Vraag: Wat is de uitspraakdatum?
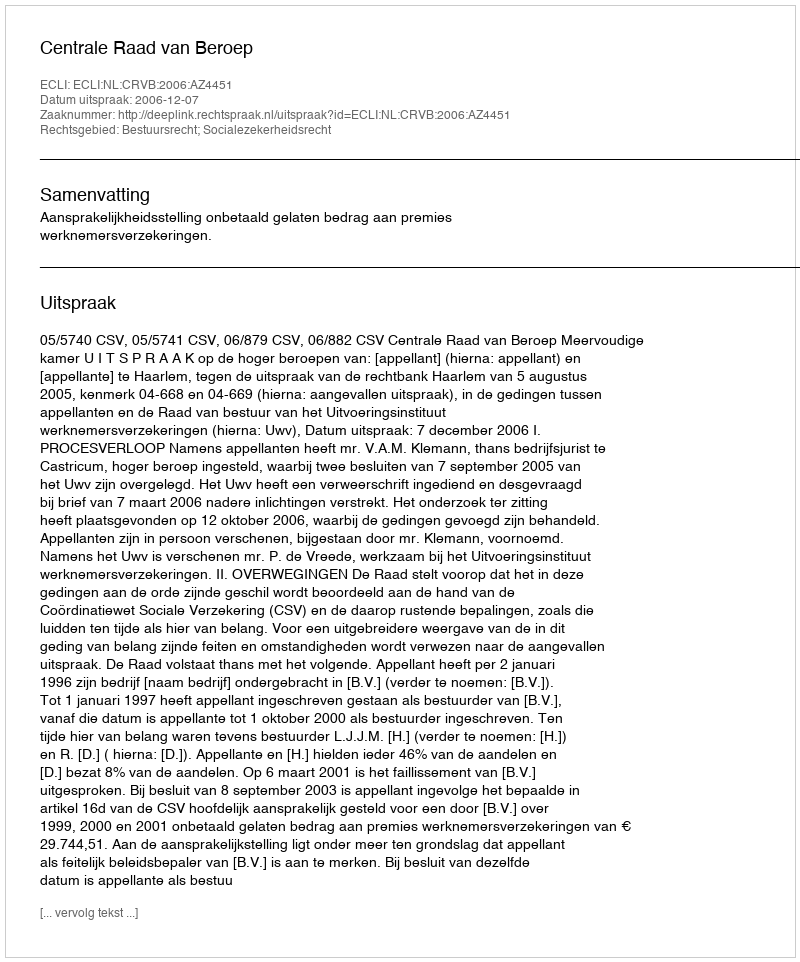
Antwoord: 2006-12-07